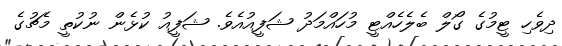
ދިވެހި ޓީމުގެ ގޯލް ބެލެހެއްޓީ މުހައްމަދު ޝަފީއުއެވެ. ޝަފީއު ކުޅެން ނުކުތީ މެޗުގެ